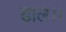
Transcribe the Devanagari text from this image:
ढाल।।